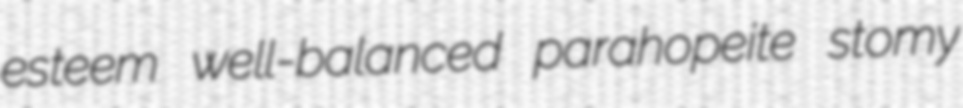
esteem well-balanced parahopeite stomy